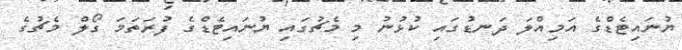
ޔުނައިޓެޑްގެ އަމިއްލަ ދަނޑުގައި ކުޅުނު މި މެޗުގައި ޔުނައިޓެޑްގެ ފުރަތަމަ ގޯލް މެޗުގެ